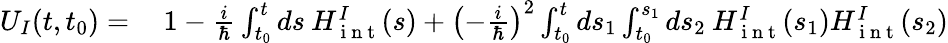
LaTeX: \begin{array}{rl}{U_{I}(t,t_{0})=}&{{}\: 1-\frac{i}{\hbar}\int_{t_{0}}^{t}ds\: H_{\mathrm{~i~n~t~}}^{I}(s)+\left(-\frac{i}{\hbar}\right)^{2}\int_{t_{0}}^{t}ds_{1}\int_{t_{0}}^{s_{1}}ds_{2}\: H_{\mathrm{~i~n~t~}}^{I}(s_{1})H_{\mathrm{~i~n~t~}}^{I}(s_{2})}\end{array}